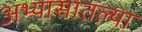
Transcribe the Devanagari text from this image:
अभ्यासातल्या